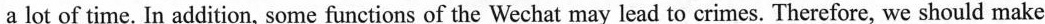
a lot of time. In addition, some functions of the Wechat may lead to crimes. Therefore, we should make